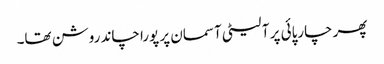
پھر چارپائی پر آ لیٹی آسمان پر پورا چاند روشن تھا۔